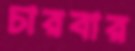
চারবার